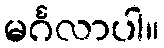
မင်္ဂလာပါ။